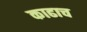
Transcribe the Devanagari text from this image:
काढाच